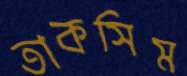
তাকসিম